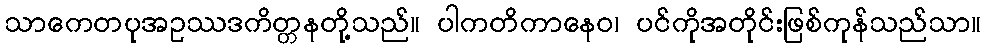
သာကေတပုအဥဿဒကိတ္တနတို့သည်။ ပါကတိကာနေဝ၊ ပင်ကိုအတိုင်းဖြစ်ကုန်သည်သာ။